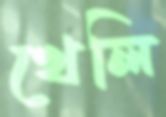
খেলি